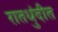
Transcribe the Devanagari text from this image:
रातधुंदीत